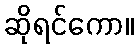
ဆိုရင်ကော။